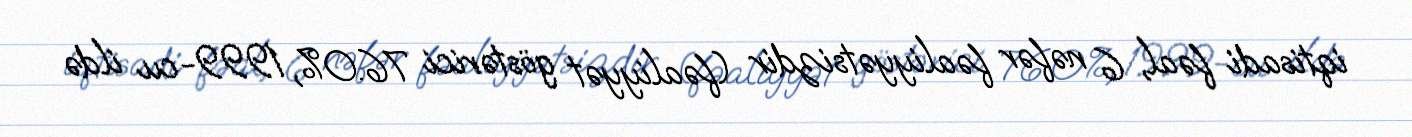
iqtisadi fəal, 6 nəfər fəaliyyətsizdir (fəaliyyət göstərici 76.0%, 1999-cu ildə